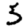
Digit: 5